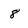
Character: 8